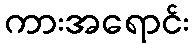
ကားအရောင်း